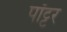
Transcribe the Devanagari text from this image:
पॉट्टर